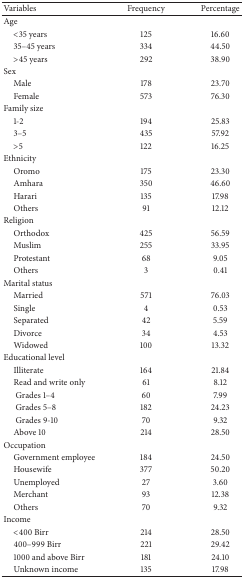
| Variables | Frequency | Percentage |
 | --- | --- | --- |
 | Age |  |  |
 | <35 years | 125 | 16.60 |
 | 35–45 years | 334 | 44.50 |
 | >45 years | 292 | 38.90 |
 | Sex |  |  |
 | Male | 178 | 23.70 |
 | Female | 573 | 76.30 |
 | Family size |  |  |
 | 1-2 | 194 | 25.83 |
 | 3–5 | 435 | 57.92 |
 | >5 | 122 | 16.25 |
 | Ethnicity |  |  |
 | Oromo | 175 | 23.30 |
 | Amhara | 350 | 46.60 |
 | Harari | 135 | 17.98 |
 | Others | 91 | 12.12 |
 | Religion |  |  |
 | Orthodox | 425 | 56.59 |
 | Muslim | 255 | 33.95 |
 | Protestant | 68 | 9.05 |
 | Others | 3 | 0.41 |
 | Marital status |  |  |
 | Married | 571 | 76.03 |
 | Single | 4 | 0.53 |
 | Separated | 42 | 5.59 |
 | Divorce | 34 | 4.53 |
 | Widowed | 100 | 13.32 |
 | Educational level |  |  |
 | Illiterate | 164 | 21.84 |
 | Read and write only | 61 | 8.12 |
 | Grades 1–4 | 60 | 7.99 |
 | Grades 5–8 | 182 | 24.23 |
 | Grades 9-10 | 70 | 9.32 |
 | Above 10 | 214 | 28.50 |
 | Occupation |  |  |
 | Government employee | 184 | 24.50 |
 | Housewife | 377 | 50.20 |
 | Unemployed | 27 | 3.60 |
 | Merchant | 93 | 12.38 |
 | Others | 70 | 9.32 |
 | Income |  |  |
 | <400 Birr | 214 | 28.50 |
 | 400–999 Birr | 221 | 29.42 |
 | 1000 and above Birr | 181 | 24.10 |
 | Unknown income | 135 | 17.98 |